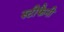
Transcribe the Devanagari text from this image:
स्टीफैनी